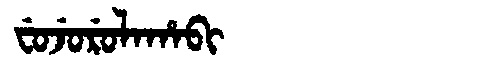
Manchu: ᠸᡠᠵᡠᡵᡠᠯᠠᡥᠠᠪᡳ
Romanization: FUJURULAHABI